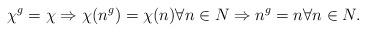
LaTeX: \begin{align*} \chi^g = \chi \Rightarrow \chi(n^g) = \chi (n) \forall n \in N \Rightarrow n^g = n \forall n \in N. \end{align*}